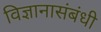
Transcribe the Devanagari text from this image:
विज्ञानासंबंधी